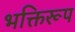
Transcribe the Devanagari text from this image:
भक्तिरूप